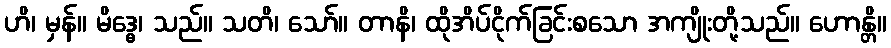
ဟိ၊ မှန်။ မိဒ္ဓေ၊ သည်။ သတိ၊ သော်။ တာနိ၊ ထိုအိပ်ငိုက်ခြင်းစသော အကျိုးတို့သည်။ ဟောန္တိ။